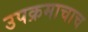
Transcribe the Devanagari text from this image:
उपक्रमाचाच